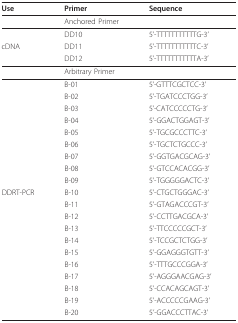
<table><thead><tr><td><b>Use</b></td><td><b>Primer</b></td><td><b>Sequence</b></td></tr></thead><tbody><tr><td></td><td>Anchored Primer</td><td></td></tr><tr><td></td><td>DD10</td><td>5&#x27;-TTTTTTTTTTTG-3&#x27;</td></tr><tr><td>cDNA</td><td>DD11</td><td>5&#x27;-TTTTTTTTTTTC-3&#x27;</td></tr><tr><td></td><td>DD12</td><td>5&#x27;-TTTTTTTTTTTA-3&#x27;</td></tr><tr><td></td><td>Arbitrary Primer</td><td></td></tr><tr><td></td><td>B-01</td><td>5&#x27;-GTTTCGCTCC-3&#x27;</td></tr><tr><td></td><td>B-02</td><td>5&#x27;-TGATCCCTGG-3&#x27;</td></tr><tr><td></td><td>B-03</td><td>5&#x27;-CATCCCCCTG-3&#x27;</td></tr><tr><td></td><td>B-04</td><td>5&#x27;-GGACTGGAGT-3&#x27;</td></tr><tr><td></td><td>B-05</td><td>5&#x27;-TGCGCCCTTC-3&#x27;</td></tr><tr><td></td><td>B-06</td><td>5&#x27;-TGCTCTGCCC-3&#x27;</td></tr><tr><td></td><td>B-07</td><td>5&#x27;-GGTGACGCAG-3&#x27;</td></tr><tr><td></td><td>B-08</td><td>5&#x27;-GTCCACACGG-3&#x27;</td></tr><tr><td></td><td>B-09</td><td>5&#x27;-TGGGGGACTC-3&#x27;</td></tr><tr><td>DDRT-PCR</td><td>B-10</td><td>5&#x27;-CTGCTGGGAC-3&#x27;</td></tr><tr><td></td><td>B-11</td><td>5&#x27;-GTAGACCCGT-3&#x27;</td></tr><tr><td></td><td>B-12</td><td>5&#x27;-CCTTGACGCA-3&#x27;</td></tr><tr><td></td><td>B-13</td><td>5&#x27;-TTCCCCCGCT-3&#x27;</td></tr><tr><td></td><td>B-14</td><td>5&#x27;-TCCGCTCTGG-3&#x27;</td></tr><tr><td></td><td>B-15</td><td>5&#x27;-GGAGGGTGTT-3&#x27;</td></tr><tr><td></td><td>B-16</td><td>5&#x27;-TTTGCCCGGA-3&#x27;</td></tr><tr><td></td><td>B-17</td><td>5&#x27;-AGGGAACGAG-3&#x27;</td></tr><tr><td></td><td>B-18</td><td>5&#x27;-CCACAGCAGT-3&#x27;</td></tr><tr><td></td><td>B-19</td><td>5&#x27;-ACCCCCGAAG-3&#x27;</td></tr><tr><td></td><td>B-20</td><td>5&#x27;-GGACCCTTAC-3&#x27;</td></tr></tbody></table>